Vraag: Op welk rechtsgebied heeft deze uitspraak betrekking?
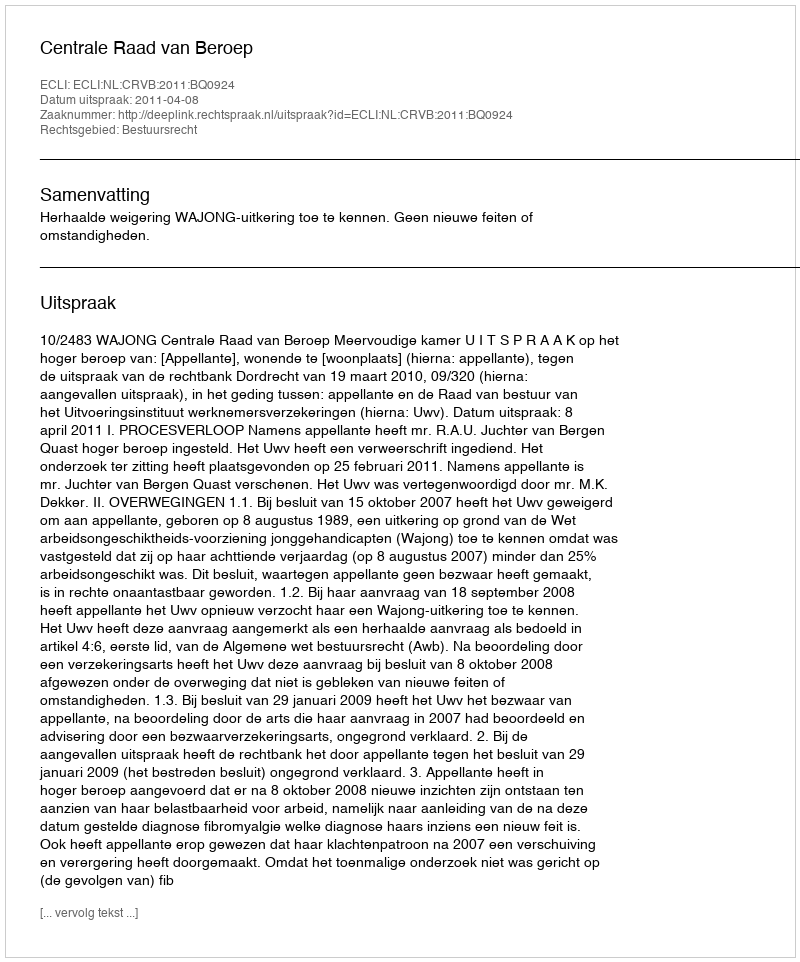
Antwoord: Bestuursrecht